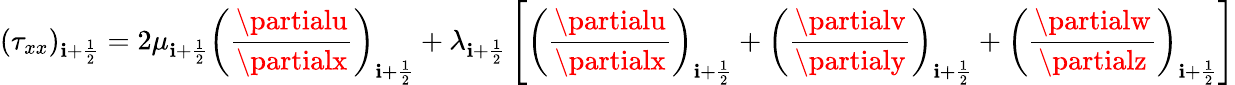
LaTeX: (\tau_{xx})_{\mathbf{i}+\frac{{1}}{{2}}}=2\mu_{\mathbf{i}+\frac{{1}}{{2}}}\left(\frac{{\partialu}}{{\partialx}}\right)_{\mathbf{i}+\frac{{1}}{{2}}}+\lambda_{\mathbf{i}+\frac{{1}}{{2}}}\left[\left(\frac{{\partialu}}{{\partialx}}\right)_{\mathbf{i}+\frac{{1}}{{2}}}+\left(\frac{{\partialv}}{{\partialy}}\right)_{\mathbf{i}+\frac{{1}}{{2}}}+\left(\frac{{\partialw}}{{\partialz}}\right)_{\mathbf{i}+\frac{{1}}{{2}}}\right]